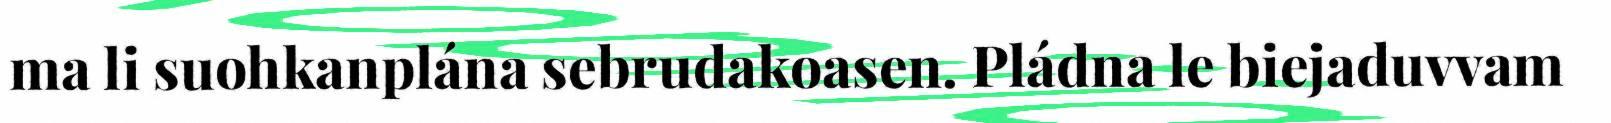
ma li suohkanplána sebrudakoasen. Pládna le biejaduvvam